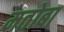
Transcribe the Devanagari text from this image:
मतोबा